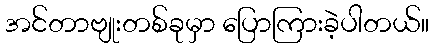
အင်တာဗျုးတစ်ခုမှာ ပြောကြားခဲ့ပါတယ်။